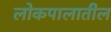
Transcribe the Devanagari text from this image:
लोकपालातील